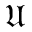
\mathfrak { U }